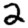
Digit: 2